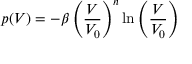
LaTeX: p ( V ) = - \beta \left( { \frac { V } { V _ { 0 } } } \right) ^ { n } \ln \left( { \frac { V } { V _ { 0 } } } \right)